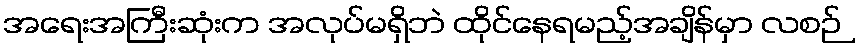
အရေးအကြီးဆုံးက အလုပ်မရှိဘဲ ထိုင်နေရမည့်အချိန်မှာ လစဉ်